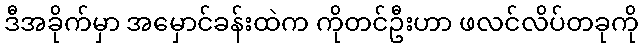
ဒီအခိုက်မှာ အမှောင်ခန်းထဲက ကိုတင်ဦးဟာ ဖလင်လိပ်တခုကို